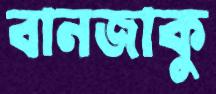
বানজাকু